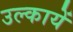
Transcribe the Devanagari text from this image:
उल्कायें